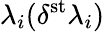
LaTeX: \lambda_{i}(\delta^{\mathrm{st}}\lambda_{i})